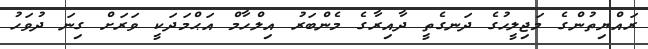
ރައްޔިތުންގެ މަޖިލީހުގެ ދަނގެތީ ދާއިރާގެ މެންބަރު އިލްހާމް އަޙްމަދަކީ ވަރަށް ގިނަ ދުވަހު